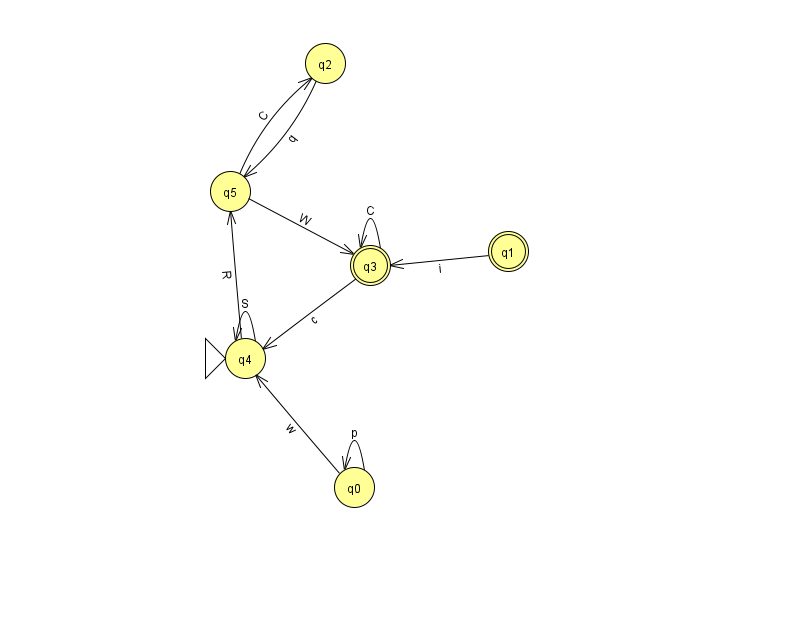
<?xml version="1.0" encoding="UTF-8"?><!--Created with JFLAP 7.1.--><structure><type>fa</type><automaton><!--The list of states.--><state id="0" name="q0"><x>354.0</x><y>474.0</y></state><state id="1" name="q1"><x>508.0</x><y>238.0</y><final/></state><state id="2" name="q2"><x>325.0</x><y>50.0</y></state><state id="3" name="q3"><x>370.0</x><y>252.0</y><final/></state><state id="4" name="q4"><x>245.0</x><y>345.0</y><initial/></state><state id="5" name="q5"><x>230.0</x><y>178.0</y></state><!--The list of transitions.--><transition><from>0</from><to>0</to><read>p</read></transition><transition><from>4</from><to>5</to><read>R</read></transition><transition><from>1</from><to>3</to><read>i</read></transition><transition><from>3</from><to>3</to><read>C</read></transition><transition><from>4</from><to>4</to><read>S</read></transition><transition><from>0</from><to>4</to><read>w</read></transition><transition><from>5</from><to>2</to><read>C</read></transition><transition><from>2</from><to>5</to><read>q</read></transition><transition><from>3</from><to>4</to><read>c</read></transition><transition><from>5</from><to>3</to><read>W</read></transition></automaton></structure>